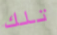
تلك